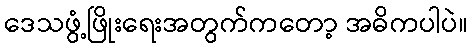
ဒေသဖွံ့ဖြိုးရေးအတွက်ကတော့ အဓိကပါပဲ။